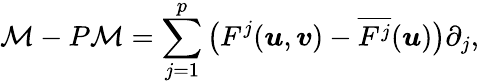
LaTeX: \mathcal M-P\mathcal M=\sum_{j=1}^{p}\big(F^{j}(\boldsymbol{u},\boldsymbol{v})-\overline{{F^{j}}}(\boldsymbol{u})\big)\partial_{j},